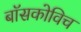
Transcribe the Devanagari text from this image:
बॉसकोविच